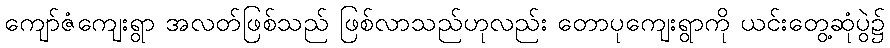
ကျော်ဇံကျေးရွာ အလတ်ဖြစ်သည် ဖြစ်လာသည်ဟုလည်း တောပုကျေးရွာကို ယင်းတွေ့ဆုံပွဲ၌